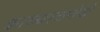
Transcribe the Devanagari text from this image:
काव्यरचनेचे